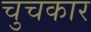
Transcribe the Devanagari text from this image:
चुचकार